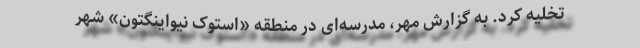
تخلیه کرد. به گزارش مهر، مدرسه‌ای در منطقه «استوک نیواینگتون» شهر